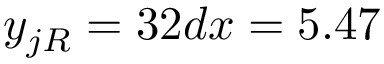
y _ { j R } = 3 2 d x = 5 . 4 7